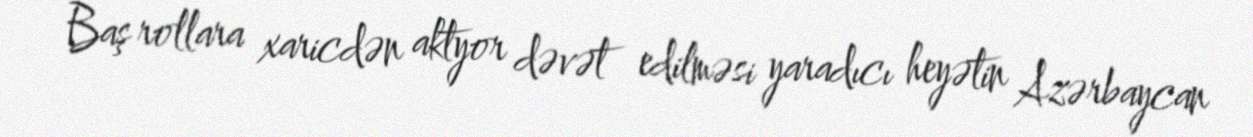
Baş rollara xaricdən aktyor dəvət edilməsi yaradıcı heyətin Azərbaycan